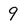
Character: 9